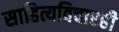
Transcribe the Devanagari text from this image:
साहित्यविचारही